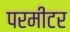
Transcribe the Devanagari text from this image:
परमीटर